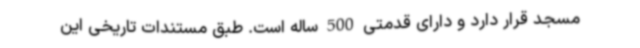
مسجد قرار دارد و دارای قدمتی 500 ساله است. طبق مستندات تاریخی این